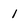
Character: 1